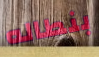
بنطاله